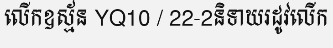
លើកឧស្ម័ន YQ10 / 22-2និទាឃរដូវលើក